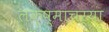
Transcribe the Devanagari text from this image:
लक्ष्माचर्या